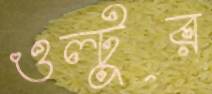
ওল্টুর